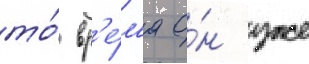
то́ вр'е́м'я о́н уже